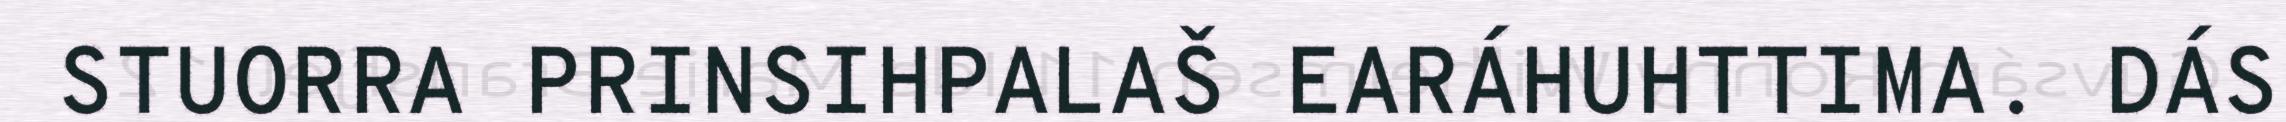
STUORRA PRINSIHPALAŠ EARÁHUHTTIMA. DÁS